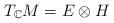
LaTeX: \begin{align*} T_{\mathbb{C}}M = E \otimes H\end{align*}